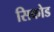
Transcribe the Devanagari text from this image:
सिकोड